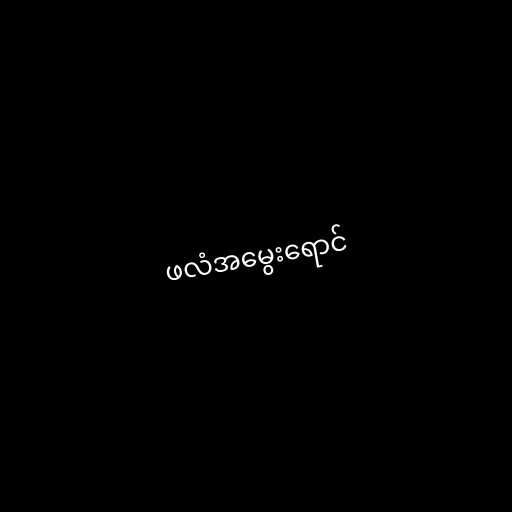
ဖလံအမွေးရောင်